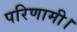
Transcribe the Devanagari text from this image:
परिणामी।